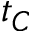
t _ { C }